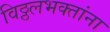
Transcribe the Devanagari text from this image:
विठ्ठलभक्तांना